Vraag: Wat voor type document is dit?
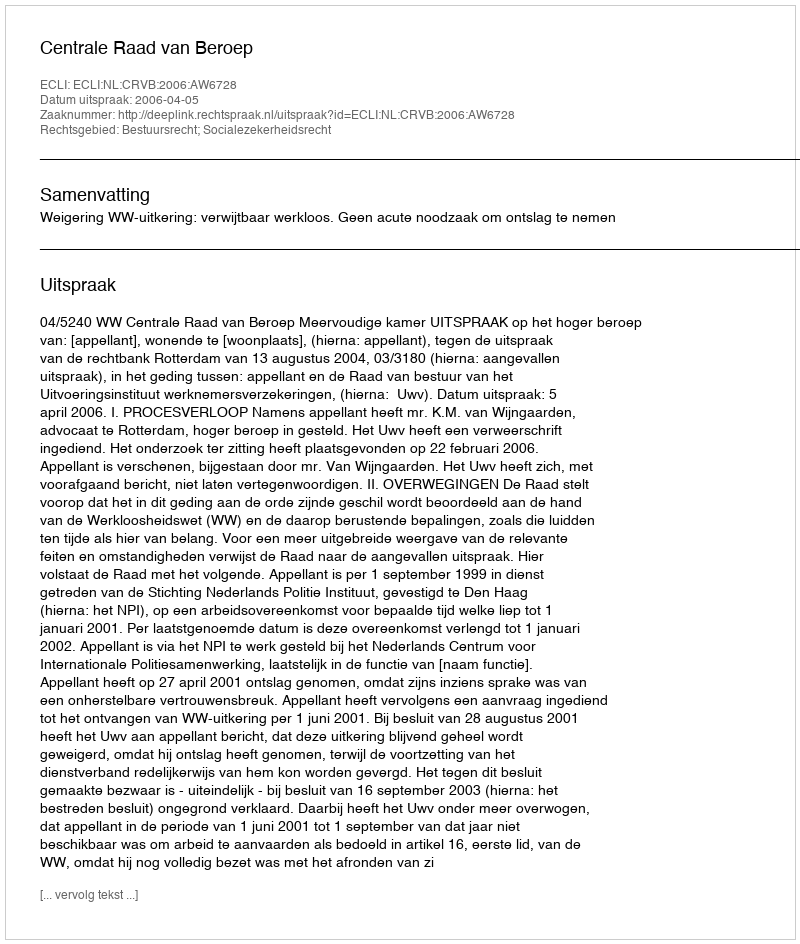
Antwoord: Uitspraak